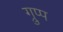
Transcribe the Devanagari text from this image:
ग्रुप्प